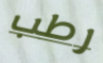
رطب